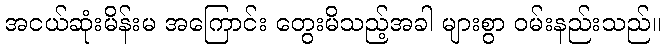
အငယ်ဆုံးမိန်းမ အကြောင်း တွေးမိသည့်အခါ များစွာ ဝမ်းနည်းသည်။